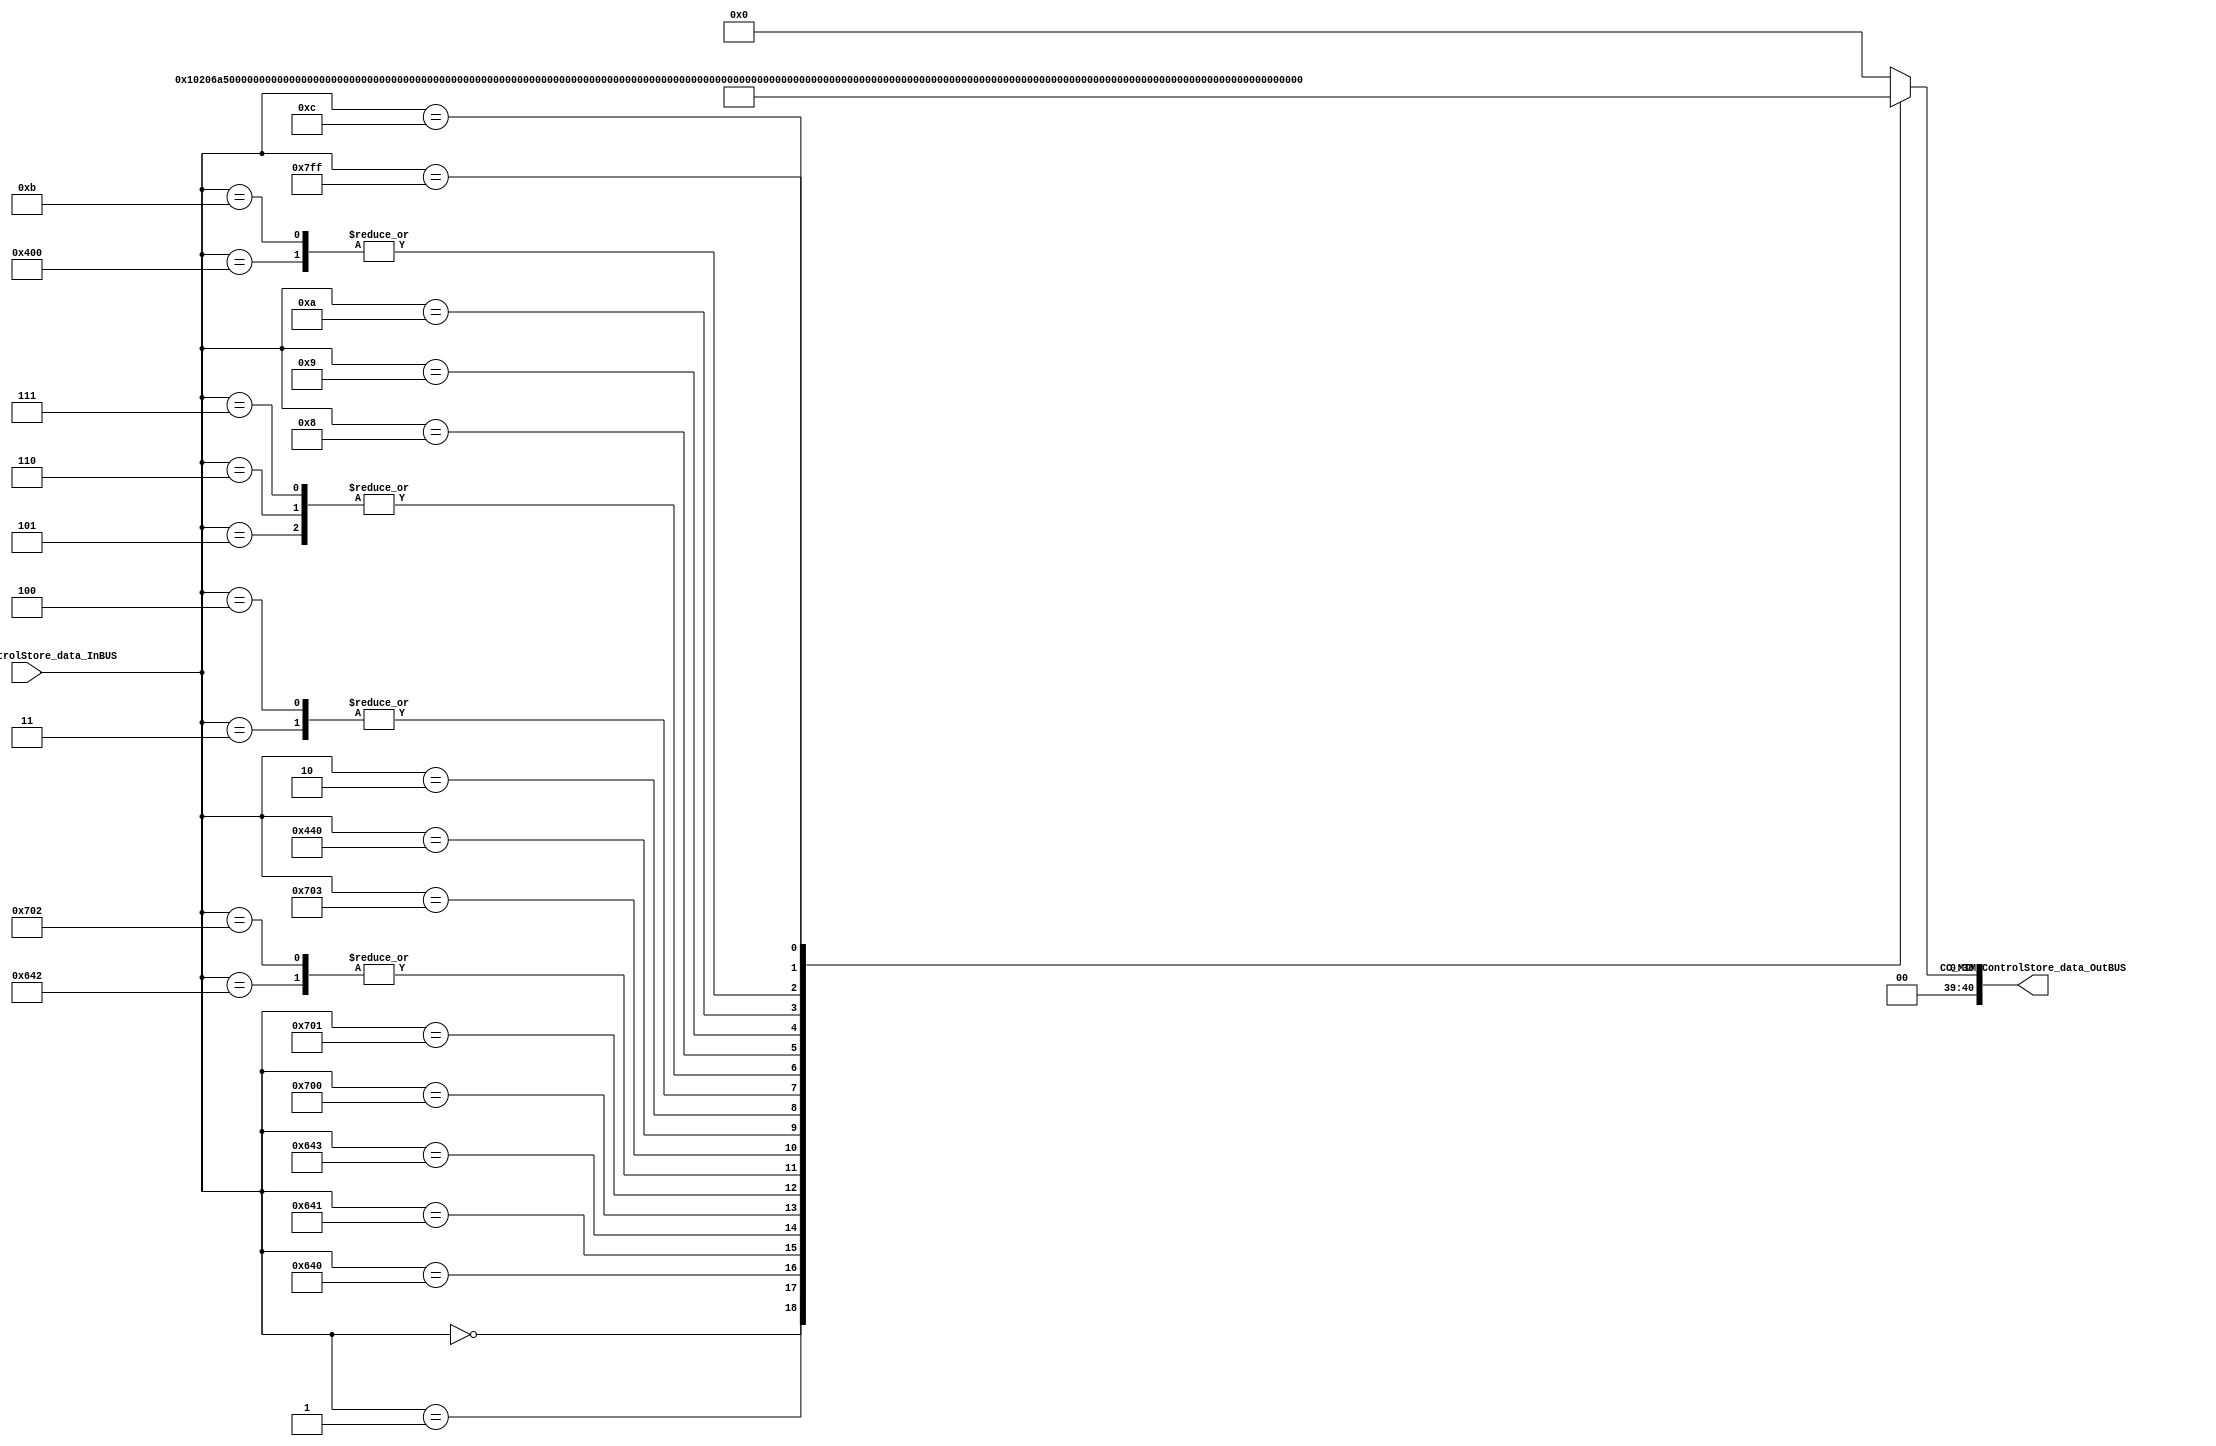
module CC_MIM_ControlStore #(parameter DATAWIDTH_OUTPUT_BUS=41, parameter DATAWIDTH_INPUT_BUS=11)(
	//////////// OUTPUTS //////////
	CC_MIM_ControlStore_data_OutBUS,
	//////////// INPUTS //////////
	CC_MIM_ControlStore_data_InBUS
);
//=======================================================
//  PARAMETER declarations
//=======================================================

//=======================================================
//  PORT declarations
//=======================================================
output reg	[DATAWIDTH_OUTPUT_BUS-1:0] CC_MIM_ControlStore_data_OutBUS;
input			[DATAWIDTH_INPUT_BUS-1:0] CC_MIM_ControlStore_data_InBUS;
//=======================================================
//  REG/WIRE declarations
//=======================================================

//=======================================================
//  Structural coding
//=======================================================
//INPUT LOGIC: COMBINATIONAL
always@(*)
begin
	case (CC_MIM_ControlStore_data_InBUS)	
		11'b00000000000: CC_MIM_ControlStore_data_OutBUS = 41'b00100000010000001101010010100000000000000; //0
		11'b00000000001: CC_MIM_ControlStore_data_OutBUS = 41'b00000000000000000000000010111100000000000; //1
		11'b10000000000: CC_MIM_ControlStore_data_OutBUS = 41'b00000000000000000000000010111011111111111; //1024
		11'b11001000000: CC_MIM_ControlStore_data_OutBUS = 41'b00000000000000000000000010110111001000010; //1600
		11'b11001000001: CC_MIM_ControlStore_data_OutBUS = 41'b00000010000001000000100001111011111111111; //1601
		11'b11001000010: CC_MIM_ControlStore_data_OutBUS = 41'b00110100000000001001000110000000000000000; //1602
		11'b11001000011: CC_MIM_ControlStore_data_OutBUS = 41'b00000010010010000000100001111011111111111; //1603
		11'b11100000000: CC_MIM_ControlStore_data_OutBUS = 41'b00000010000001001001000100010111100000010; //1792
		11'b11100000001: CC_MIM_ControlStore_data_OutBUS = 41'b00100100010010000000110010111011111111111; //1793
		11'b11100000010: CC_MIM_ControlStore_data_OutBUS = 41'b00110100000000001001000110000000000000000; //1794
		11'b11100000011: CC_MIM_ControlStore_data_OutBUS = 41'b00000010010010001001000100011011100000001; //1795
		11'b10001000000: CC_MIM_ControlStore_data_OutBUS = 41'b00000000000000000000000010111000000000010; //1088
		11'b00000000010: CC_MIM_ControlStore_data_OutBUS = 41'b00110100000000001001000101000000000000000; //2
		11'b00000000011: CC_MIM_ControlStore_data_OutBUS = 41'b00100100000000001001000111100000000000000; //3
		11'b00000000100: CC_MIM_ControlStore_data_OutBUS = 41'b00100100000000001001000111100000000000000; //4
		11'b00000000101: CC_MIM_ControlStore_data_OutBUS = 41'b00110100000000001101000111100000000000000; //5
		11'b00000000110: CC_MIM_ControlStore_data_OutBUS = 41'b00110100000000001101000111100000000000000; //6
		11'b00000000111: CC_MIM_ControlStore_data_OutBUS = 41'b00110100000000001101000111100000000000000; //7
		11'b00000001000: CC_MIM_ControlStore_data_OutBUS = 41'b00110100011000001101000100010100000001100; //8
		11'b00000001001: CC_MIM_ControlStore_data_OutBUS = 41'b00110100011000001101000100010100000001101; //9
		11'b00000001010: CC_MIM_ControlStore_data_OutBUS = 41'b00110100011000001101000100001000000001100; //10
		11'b00000001011: CC_MIM_ControlStore_data_OutBUS = 41'b00000000000000000000000010111011111111111; //11
		11'b00000001100: CC_MIM_ControlStore_data_OutBUS = 41'b00100000010010001000000100011000000000000; //12
		11'b11111111111: CC_MIM_ControlStore_data_OutBUS = 41'b00100000000000001000000111011000000000000; //2047
		default :   CC_MIM_ControlStore_data_OutBUS = 41'b00000000000000000000000000000000000000000;
	endcase
end
//=======================================================
//  Outputs
//=======================================================
// OUTPUT LOGIC : COMBINATIONAL

endmodule